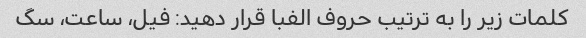
کلمات زیر را به ترتیب حروف الفبا قرار دهید: فیل، ساعت، سگ